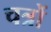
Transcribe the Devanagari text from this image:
चत्रों